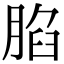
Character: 䐄